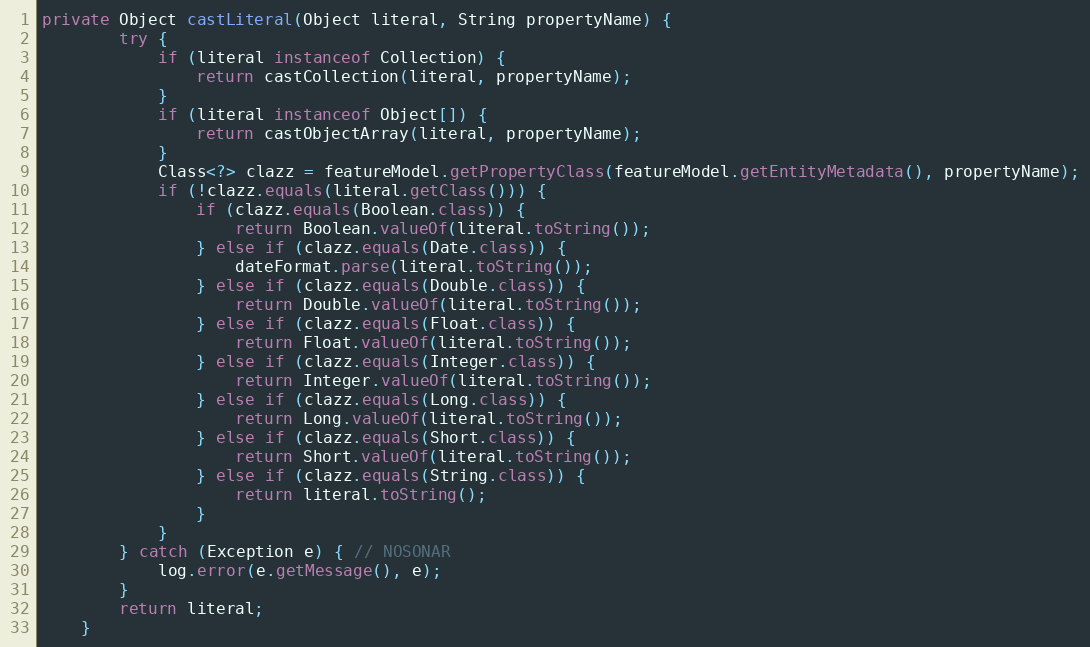
Language: Java
private Object castLiteral(Object literal, String propertyName) {
		try {
			if (literal instanceof Collection) {
				return castCollection(literal, propertyName);
			}
			if (literal instanceof Object[]) {
				return castObjectArray(literal, propertyName);
			}
			Class<?> clazz = featureModel.getPropertyClass(featureModel.getEntityMetadata(), propertyName);
			if (!clazz.equals(literal.getClass())) {
				if (clazz.equals(Boolean.class)) {
					return Boolean.valueOf(literal.toString());
				} else if (clazz.equals(Date.class)) {
					dateFormat.parse(literal.toString());
				} else if (clazz.equals(Double.class)) {
					return Double.valueOf(literal.toString());
				} else if (clazz.equals(Float.class)) {
					return Float.valueOf(literal.toString());
				} else if (clazz.equals(Integer.class)) {
					return Integer.valueOf(literal.toString());
				} else if (clazz.equals(Long.class)) {
					return Long.valueOf(literal.toString());
				} else if (clazz.equals(Short.class)) {
					return Short.valueOf(literal.toString());
				} else if (clazz.equals(String.class)) {
					return literal.toString();
				}
			}
		} catch (Exception e) { // NOSONAR
			log.error(e.getMessage(), e);
		}
		return literal;
	}